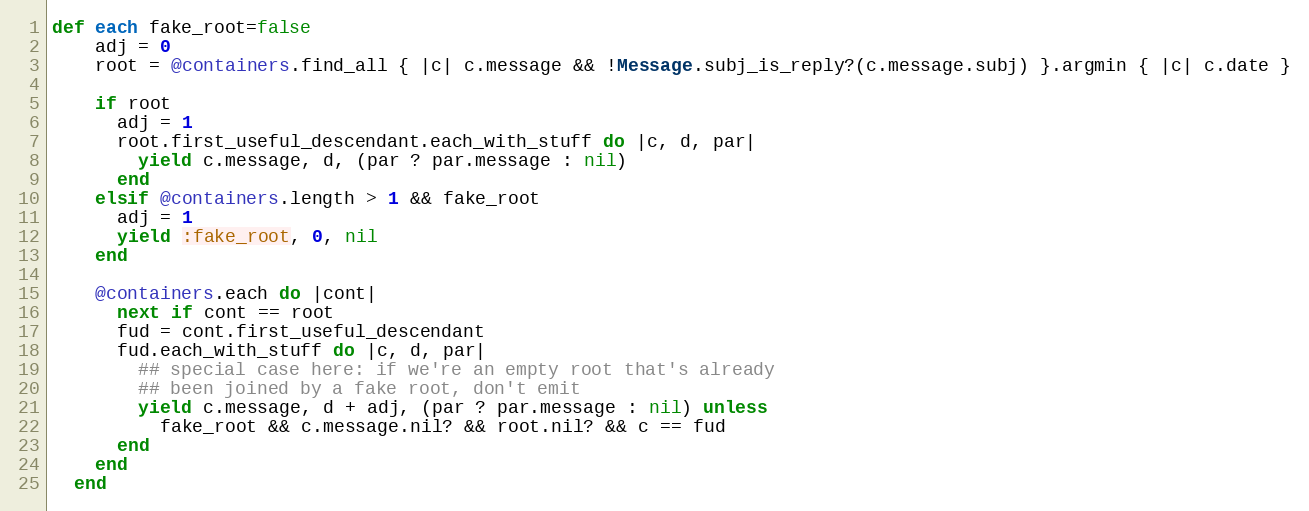
Language: Ruby
def each fake_root=false
    adj = 0
    root = @containers.find_all { |c| c.message && !Message.subj_is_reply?(c.message.subj) }.argmin { |c| c.date }

    if root
      adj = 1
      root.first_useful_descendant.each_with_stuff do |c, d, par|
        yield c.message, d, (par ? par.message : nil)
      end
    elsif @containers.length > 1 && fake_root
      adj = 1
      yield :fake_root, 0, nil
    end

    @containers.each do |cont|
      next if cont == root
      fud = cont.first_useful_descendant
      fud.each_with_stuff do |c, d, par|
        ## special case here: if we're an empty root that's already
        ## been joined by a fake root, don't emit
        yield c.message, d + adj, (par ? par.message : nil) unless
          fake_root && c.message.nil? && root.nil? && c == fud
      end
    end
  end